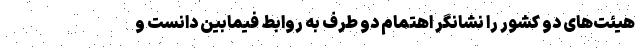
هیئت‌های دو کشور را نشانگر اهتمام دو طرف به روابط فیمابین دانست و